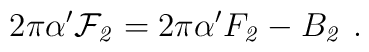
2\pi\alpha'{\cal F}_{\it 2} = 2\pi\alpha'F_{\it 2} - B_{\it2}\ .